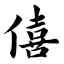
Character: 僖